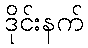
ဒိုင်းနက်